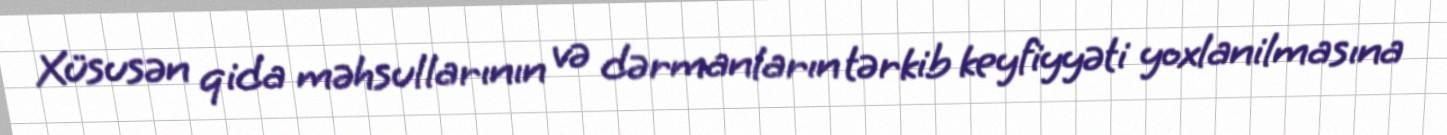
Xüsusən qida məhsullarının və dərmanların tərkib keyfiyyəti yoxlanilmasına